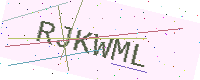
Text: RJKWML